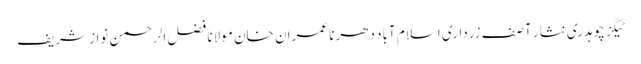
ٹیگز چوہدری نثار آصف زرداری اسلام آباد دھرنا عمران خان مولانا فضل الرحمن نواز شریف